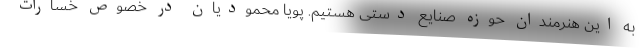
به این هنرمندان حوزه صنایع دستی هستیم. پویا محمودیان در خصوص خسارات